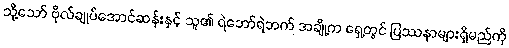
သို့သော် ဗိုလ်ချုပ်အောင်ဆန်းနှင့် သူ၏ ရဲဘော်ရဲဘက် အချို့က ရှေ့တွင် ပြဿနာများရှိမည်ကို